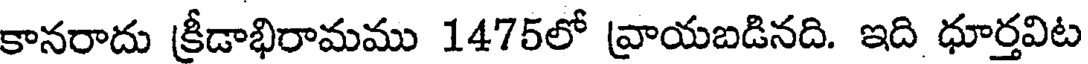
కానరాదు క్రీడాభిరామము 1475లో వ్రాయబడినది. ఇది ధూర్తవిట